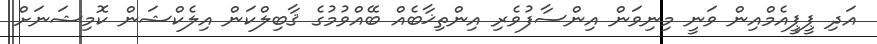
އަދި ޕީޕީއެމްއިން ވަނީ މިނިވަން އިންސާފުވެރި އިންތިޚާބެއް ބޭއްވުމުގެ ޤާބިލްކަން އިލެކްޝަން ކޮމިޝަނަށް